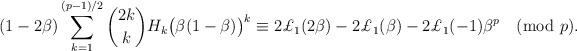
LaTeX: \begin{align*}(1-2\beta)\sum_{k=1}^{(p-1)/2}\binom{2k}{k}H_k\bigl(\beta(1-\beta)\bigr)^k\equiv2\pounds_1(2\beta)-2\pounds_1(\beta)-2\pounds_1(-1)\beta^p\pmod{p}.\end{align*}